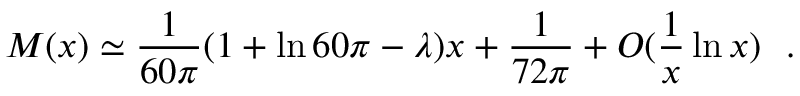
M ( x ) \simeq { \frac { 1 } { 6 0 \pi } } ( 1 + \ln 6 0 \pi - \lambda ) x + { \frac { 1 } { 7 2 \pi } } + O ( { \frac { 1 } { x } } \ln x ) ~ ~ .